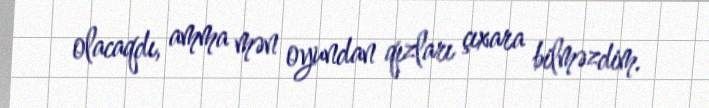
olacaqdı, amma mən oyundan qızları çıxara bilməzdim.